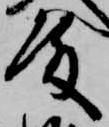
殿